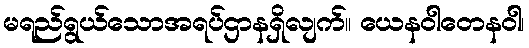
မရည်ရွယ်သောအရပ်ဌာနရှိလျက်။ ယေနဝါတေနဝါ၊